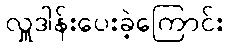
လှူဒါန်းပေးခဲ့ကြောင်း